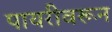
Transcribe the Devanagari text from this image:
पायरीवरून